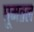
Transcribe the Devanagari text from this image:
घूमतल